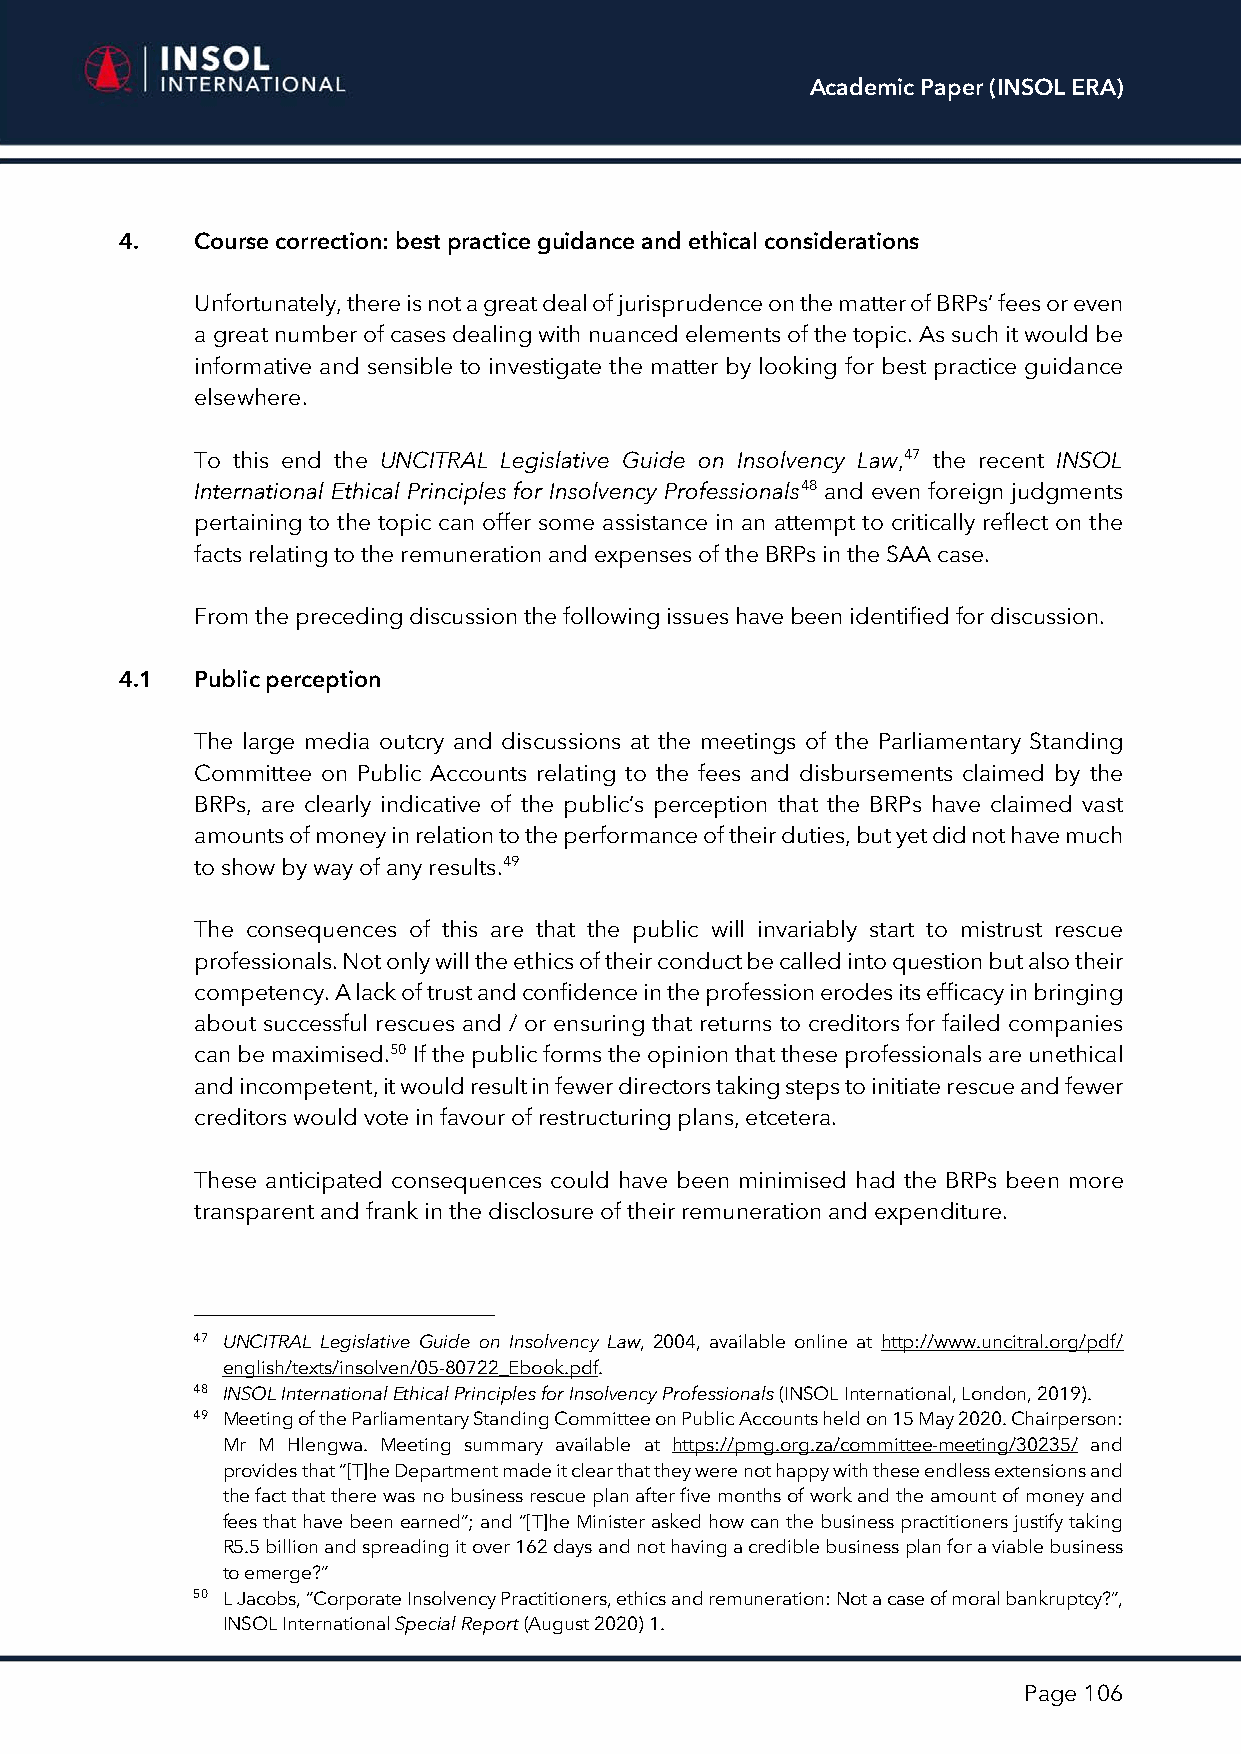
Academic Paper (INSOL ERA)
 4.   Course correction: best practice guidance and ethical considerations
 Unfortunately, there is not a great deal of jurisprudence on the matter of BRPs’ fees or even
 a great number of cases dealing with nuanced elements of the topic. As such it would be
 informative and sensible to investigate the matter by looking for best practice guidance
 elsewhere.
 To this end the UNCITRAL Legislative Guide on Insolvency Law,47 the recent INSOL
 International Ethical Principles for Insolvency Professionals48 and even foreign judgments
 pertaining to the topic can offer some assistance in an attempt to critically reflect on the
 facts relating to the remuneration and expenses of the BRPs in the SAA case.
 From the preceding discussion the following issues have been identified for discussion.
 4.1  Public perception
 The large media outcry and discussions at the meetings of the Parliamentary Standing
 Committee on Public Accounts relating to the fees and disbursements claimed by the
 BRPs, are clearly indicative of the public’s perception that the BRPs have claimed vast
 amounts of money in relation to the performance of their duties, but yet did not have much
 to show by way of any results.49
 The consequences of this are that the public will invariably start to mistrust rescue
 professionals. Not only will the ethics of their conduct be called into question but also their
 competency. A lack of trust and confidence in the profession erodes its efficacy in bringing
 about successful rescues and / or ensuring that returns to creditors for failed companies
 can be maximised.50 If the public forms the opinion that these professionals are unethical
 and incompetent, it would result in fewer directors taking steps to initiate rescue and fewer
 creditors would vote in favour of restructuring plans, etcetera.
 These anticipated consequences could have been minimised had the BRPs been more
 transparent and frank in the disclosure of their remuneration and expenditure.
 47 UNCITRAL Legislative Guide on Insolvency Law, 2004, available online at http://www.uncitral.org/pdf/
 english/texts/insolven/05-80722_Ebook.pdf.
 48 INSOL International Ethical Principles for Insolvency Professionals (INSOL International, London, 2019).
 49 Meeting of the Parliamentary Standing Committee on Public Accounts held on 15 May 2020. Chairperson:
 Mr M Hlengwa. Meeting summary available at https://pmg.org.za/committee-meeting/30235/ and
 provides that “[T]he Department made it clear that they were not happy with these endless extensions and
 the fact that there was no business rescue plan after five months of work and the amount of money and
 fees that have been earned”; and “[T]he Minister asked how can the business practitioners justify taking
 R5.5 billion and spreading it over 162 days and not having a credible business plan for a viable business
 to emerge?”
 50 L Jacobs, “Corporate Insolvency Practitioners, ethics and remuneration: Not a case of moral bankruptcy?”,
 INSOL International Special Report (August 2020) 1.
 Page 106